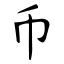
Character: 币